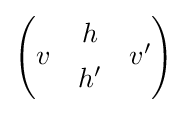
{\begin{pmatrix}&h&\\[-0.9ex]v&&v'\\[-0.9ex]&h'&\end{pmatrix}}